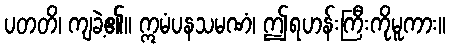
ပတတိ၊ ကျခဲ့၏။ ဣမံပနသမဏံ၊ ဤရဟန်းကြီးကိုမူကား။